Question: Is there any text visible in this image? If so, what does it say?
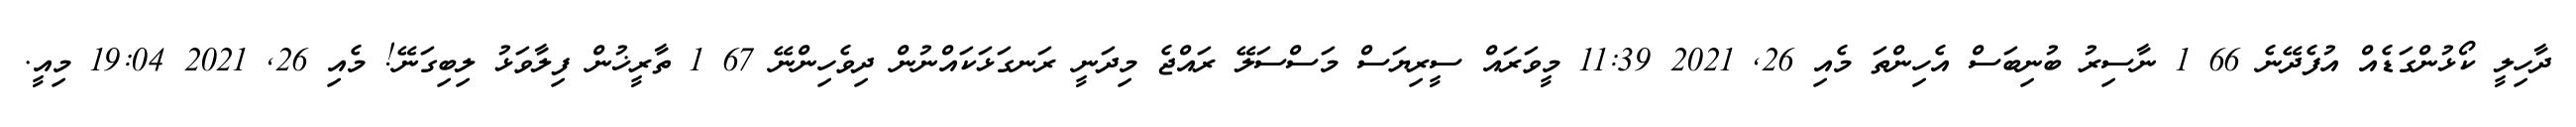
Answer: ދާހިލީ ކޯޅުންގަޑެއް އުފެދޭނެ 66 1 ނާސިރު ބުނިބަސް އެހިންތަ މެއި 26, 2021 11:39 މީވަރައް ސީރިޔަސް މަސްސަލޭ ރައްޖެ މިދަނީ ރަނގަޅަކައްނުން ދިވެހިންނޭ 67 1 ތާރީޚުން ފިލާވަޅު ލިބިގަނޭ! މެއި 26, 2021 19:04 މިއީ.